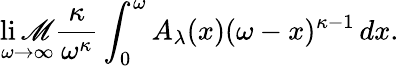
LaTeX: \operatorname*{li\mathscr{M}}_{\omega\rightarrow\infty}{\frac{{\kappa}}{{\omega^{\kappa}}}}\int_{0}^{\omega}A_{\lambda}(x)(\omega-x)^{\kappa-1}\, dx.